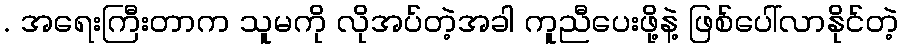
. အရေးကြီးတာက သူမကို လိုအပ်တဲ့အခါ ကူညီပေးဖို့နဲ့ ဖြစ်ပေါ်လာနိုင်တဲ့